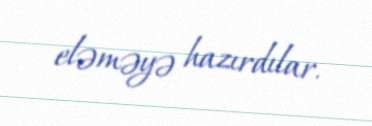
eləməyə hazırdılar.